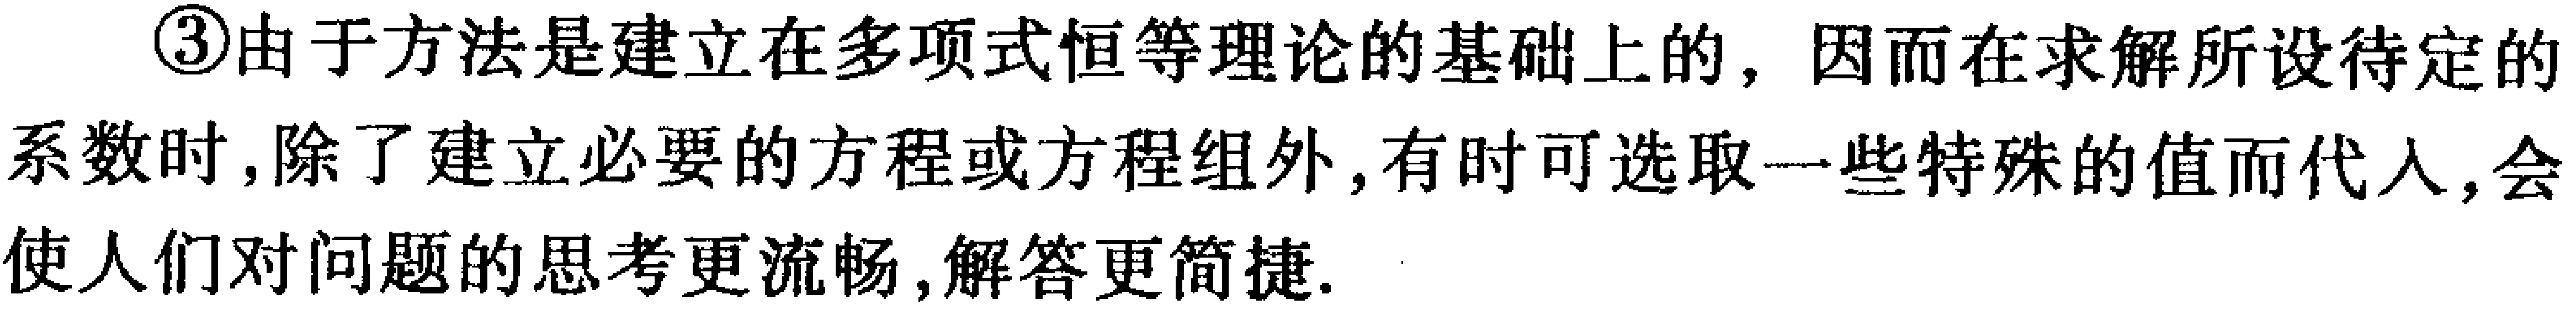
\textcircled{3}由于方法是建立在多项式恒等理论的基础上的, 因而在求解所设待定的系数时, 除了建立必要的方程或方程组外, 有时可选取一些特殊的值而代入, 会使人们对问题的思考更流畅, 解答更简捷.